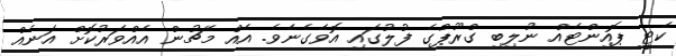
ކެޓީ ޕޮއިންޓެއް ނުލިބި ގްރޫޕްގެ ފުލުގައި އޮވެގެނެވެ. އެއް މެޗުން އެއްވަރުކޮށް އަނެއް